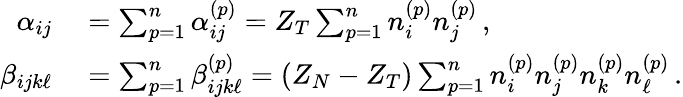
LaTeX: \begin{array}{rl}{\alpha_{ij}}&{{}=\sum_{p=1}^{n}\alpha_{ij}^{(p)}=Z_{T}\sum_{p=1}^{n}n_{i}^{(p)}n_{j}^{(p)}\, ,}\\ {\beta_{ijk\ell}}&{{}=\sum_{p=1}^{n}\beta_{ijk\ell}^{(p)}=(Z_{N}-Z_{T})\sum_{p=1}^{n}n_{i}^{(p)}n_{j}^{(p)}n_{k}^{(p)}n_{\ell}^{(p)}\, .}\end{array}